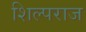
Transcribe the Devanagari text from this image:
शिल्पराज